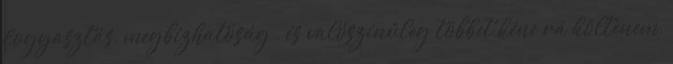
fogyasztás, megbízhatóság , és valószínűleg többet kéne rá költenem,